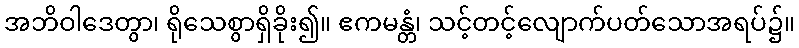
အဘိဝါဒေတွာ၊ ရိုသေစွာရှိခိုး၍။ ဧကမန္တံ၊ သင့်တင့်လျောက်ပတ်သောအရပ်၌။